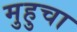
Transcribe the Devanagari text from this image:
मुहुचा